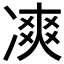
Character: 𠗾